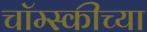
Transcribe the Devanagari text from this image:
चॉम्स्कीच्या